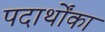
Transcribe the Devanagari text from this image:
पदार्थोंका